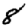
Digit: 8